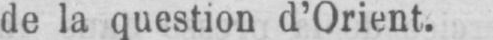
de la question d’Orient.